Lunatic asylums Central Provinces reports 1886-1894 - 1886-1894
Year: 1886
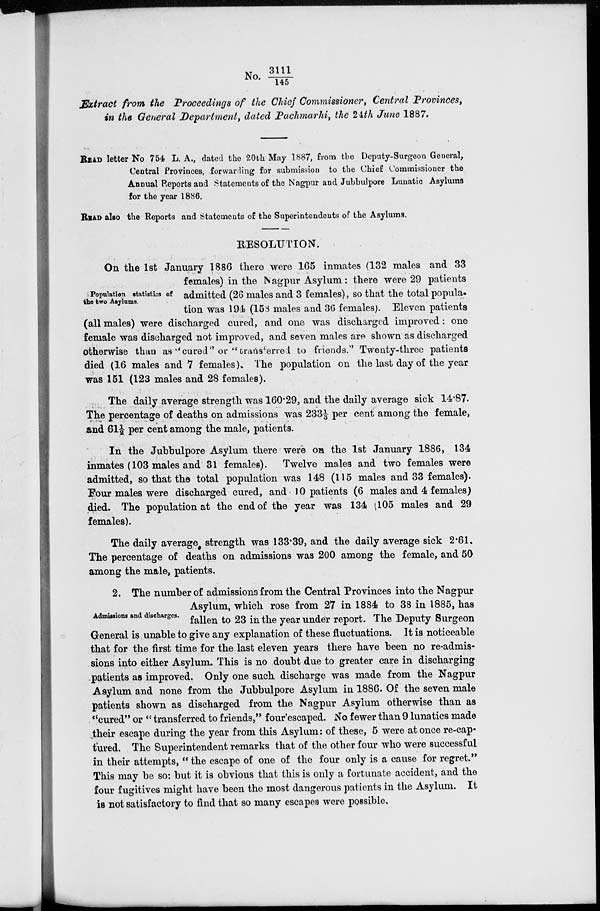
No. 3111/145
Extract from the Proceedings of the Chief Commissioner, Central Provinces,
in the General Department, dated Pachmarhi, the 24th June 1887.
READ letter No 754 L. A., dated the 20th May 1887, from the Deputy-Surgeon General,
Central Provinces, forwarding for submission to the Chief Commissioner the
Annual Reports and .Statements of the Nagpur and Jubbulpore Lunatic Asylums
for the year 1886.
READ also the Reports and Statements of the Superintendents of the Asylums.
RESOLUTION.
Population statistics of
the two Asylums.
On the 1st January 1886 there were 165 inmates (132 males and 33
females) in the Nagpur Asylum: there were 29 patients
admitted (26 males and 3 females), so that the total popula-
tion was 194 (158 males and 36 females). Eleven patients
(all males) were discharged cured, and one was discharged improved: one
female was discharged not improved, and seven males are shown as discharged
otherwise than as "cured" or " transferred to friends.'' Twenty-three patients
died (16 males and 7 females). The population on the last day of the year
was 151 (123 males and 28 females).
The daily average strength was 160.29, and the daily average sick 14.87.
The percentage of deaths on admissions was 233 1/3 per cent among the female,
and 61½ per cent among the male, patients.
In the Jubbulpore Asylum there were on the 1st January 1886, 134
inmates (103 males and 31 females).
Twelve males and two females were
admitted, so that the total population was 148 (115 males and 33 females).
Four males were discharged cured, and 10 patients (6 males and 4 females)
died. The population at the end of the year was 134 (105 males and 29
females).
The daily average strength was 133.39, and the daily average sick 2.61.
The percentage of deaths on admissions was 200 among the female, and 50
among the male, patients.
Admissions and discharges.
2. The number of admissions from the Central Provinces into the Nagpur
Asylum, which rose from 27 in 1884 to 38 in 1885, has
fallen to 23 in the year under report. The Deputy Surgeon
General is unable to give any explanation of these fluctuations. It is noticeable
that for the first time for the last eleven years there have been no re-admis-
sions into either Asylum. This is no doubt due to greater care in discharging
patients as improved. Only one such discharge was made from the Nagpur
Asylum and none from the Jubbulpore Asylum in 1886. Of the seven male
patients shown as discharged from the Nagpur Asylum otherwise than as
"cured" or " transferred to friends," four'escaped. No fewer than 9 lunatics made
their escape during the year from this Asylum: of these, 5 were at once re-cap-
tured. The Superintendent remarks that of the other four who were successful
in their attempts, " the escape of one of the four only is a cause for regret."
This may be so: but it is obvious that this is only a fortunate accident, and the
four fugitives might have been the most dangerous patients in the Asylum. It
is not satisfactory to find that so many escapes were possible.